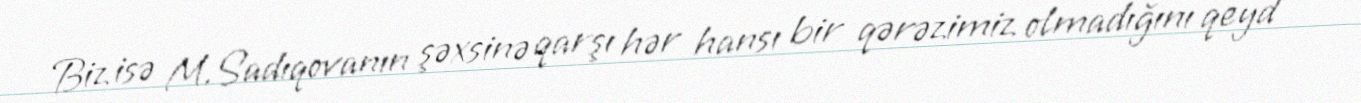
Biz isə M.Sadıqovanın şəxsinə qarşı hər hansı bir qərəzimiz olmadığını qeyd